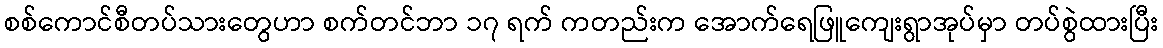
စစ်ကောင်စီတပ်သားတွေဟာ စက်တင်ဘာ ၁၇ ရက် ကတည်းက အောက်ရေဖြူကျေးရွာအုပ်မှာ တပ်စွဲထားပြီး